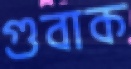
গুবাক